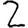
Digit: 2